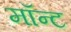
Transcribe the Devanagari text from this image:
मॉन्ट